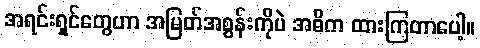
အရင်းရှင်တွေဟာ အမြတ်အစွန်းကိုပဲ အဓိက ထားကြတာပေါ့။